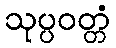
သုပ္ပဝတ္တံ